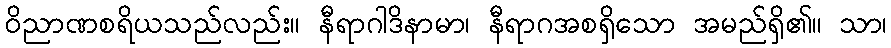
ဝိညာဏစရိယသည်လည်း။ နီရာဂါဒိနာမာ၊ နီရာဂအစရှိသော အမည်ရှိ၏။ သာ၊